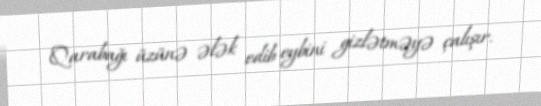
Qarabağı üzünə ələk edib eybini gizlətməyə çalışır.